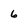
Character: 6